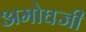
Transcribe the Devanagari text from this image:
अमोघजी